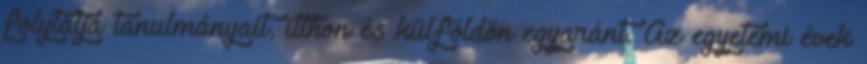
folytatja tanulmányait, itthon és külföldön egyaránt. Az egyetemi évek